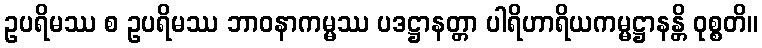
ဥပရိမဿ စ ဥပရိမဿ ဘာဝနာကမ္မဿ ပဒဋ္ဌာနတ္တာ ပါရိဟာရိယကမ္မဋ္ဌာနန္တိ ဝုစ္စတိ။